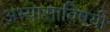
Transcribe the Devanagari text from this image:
अभ्यासाविषयी